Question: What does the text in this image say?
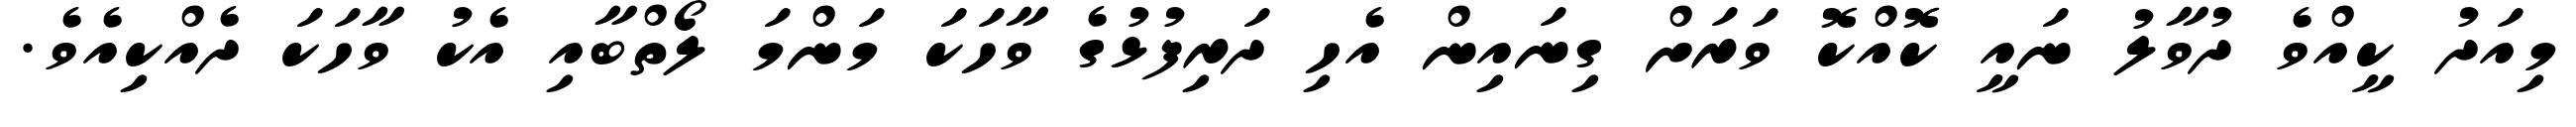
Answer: މިއަދު ކީއްވެ ދުވާލު ނައީ ކޮއްކޮ ވަރަށް ގިނައިން އެހި ދަރިފުޅުގެ ވާހަކަ މަންމަ ލޯތްބާއި އެކު ވާހަކަ ދެއްކިއެވެ.